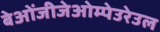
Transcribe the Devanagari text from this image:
बेओंजीजेओम्पेउरेउल